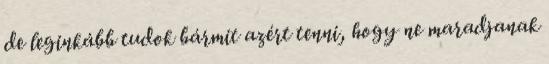
de leginkább tudok bármit azért tenni, hogy ne maradjanak